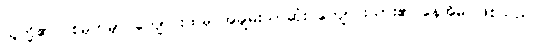
သူတို့၏ ပစ်မှတ်မှာ ကျောင်းထဲမှ အချမ်းသာဆုံး ကျောင်းသား၏ နေအိမ် ဖြစ်သည်။